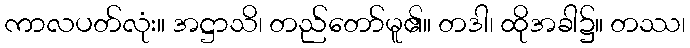
ကာလပတ်လုံး။ အဋ္ဌာသိ၊ တည်တော်မူ၏။ တဒါ၊ ထိုအခါ၌။ တဿ၊